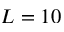
L = 1 0